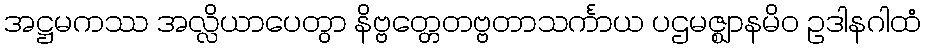
အဋ္ဌမကဿ အလ္လိယာပေတွာ နိဗ္ဗတ္တေတဗ္ဗတာသင်္ကာယ ပဌမဇ္ဈာနမိဝ ဥဒါနဂါထံ